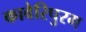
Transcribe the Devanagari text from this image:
कावेरिपुरम